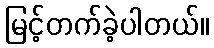
မြင့်တက်ခဲ့ပါတယ်။